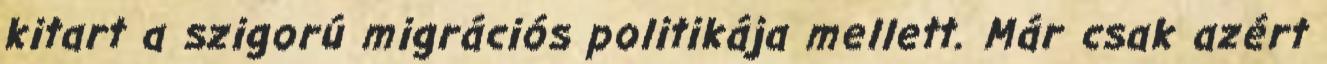
kitart a szigorú migrációs politikája mellett. Már csak azért